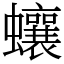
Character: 蠰